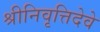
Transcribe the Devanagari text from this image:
श्रीनिवृत्तिदेवे